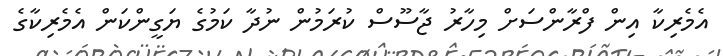
އެމެރިކާ އިން ފްރާންސަށް މިހާރު ޖާސޫސް ކުރަމުން ނުދާ ކަމުގެ ޔަގީންކަން އެމެރިކާގެ